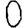
Digit: 0